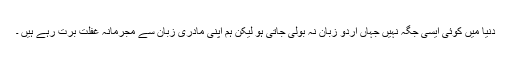
دنیا میں کوئی ایسی جگہ نہیں جہاں اردو زبان نہ بولی جاتی ہو لیکن ہم اپنی مادری زبان سے مجرمانہ غفلت برت رہے ہیں ۔